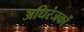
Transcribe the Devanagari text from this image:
अधिरंजकों